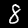
Digit: 8